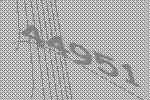
44951